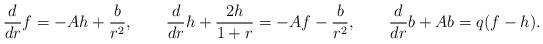
LaTeX: \begin{align*}\frac{d}{dr}f= -Ah +{b\over r^2},\qquad\frac{d}{dr}h + \frac{2h}{1+r}= -Af - {b\over r^2},\qquad\frac{d}{dr}b +Ab=q(f-h).\end{align*}